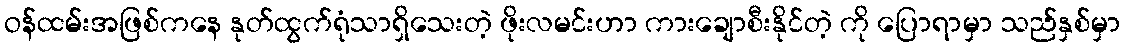
ဝန်ထမ်းအဖြစ်ကနေ နုတ်ထွက်ရုံသာရှိသေးတဲ့ ဖိုးလမင်းဟာ ကားချောစီးနိုင်တဲ့ ကို ပြောရာမှာ သည်နှစ်မှာ